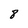
Character: 8